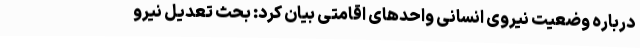
درباره وضعیت نیروی انسانی واحدهای اقامتی بیان کرد: بحث تعدیل نیرو